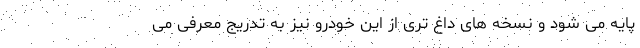
پایه می شود و نسخه های داغ تری از این خودرو نیز به تدریج معرفی می